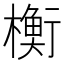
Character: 𬄴